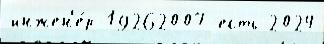
инжен'е́р 19262007 есть 2024